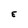
Character: E